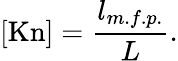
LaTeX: [\mathrm{Kn}]=\frac{l_{m.f.p.}}{L}.